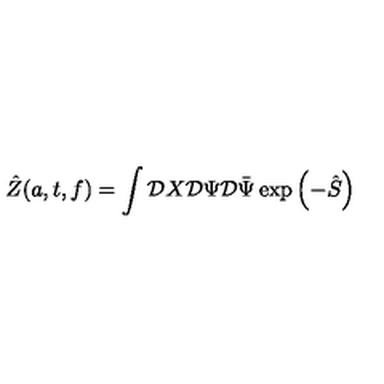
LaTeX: \hat { Z } ( a , t , f ) = \int { \cal D } X { \cal D } \Psi { \cal D } \bar { \Psi } \exp { \left( - \hat { S } \right) }